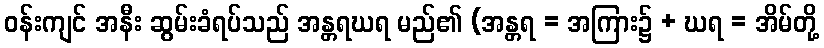
ဝန်းကျင် အနီး ဆွမ်းခံရပ်သည် အန္တရဃရ မည်၏ (အန္တရ = အကြား၌ + ဃရ = အိမ်တို့